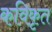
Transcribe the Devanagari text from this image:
कविकृत